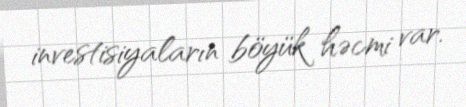
investisiyaların böyük həcmi var.